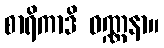
စာရိကာဒိ ဝဏ္ဏနာ။